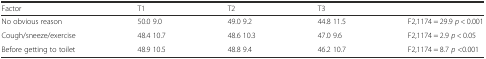
<table><thead><tr><td><b>Factor</b></td><td><b>T1</b></td><td><b>T2</b></td><td><b>T3</b></td><td></td></tr></thead><tbody><tr><td>No obvious reason</td><td>50.0 9.0</td><td>49.0 9.2</td><td>44.8 11.5</td><td>F2,1174 = 29.9 <i>p</i> &lt; 0.001</td></tr><tr><td>Cough/sneeze/exercise</td><td>48.4 10.7</td><td>48.6 10.3</td><td>47.0 9.6</td><td>F2,1174 = 2.9 <i>p</i> &lt; 0.05</td></tr><tr><td>Before getting to toilet</td><td>48.9 10.5</td><td>48.8 9.4</td><td>46.2 10.7</td><td>F2,1174 = 8.7 <i>p</i> &lt;0.001</td></tr></tbody></table>